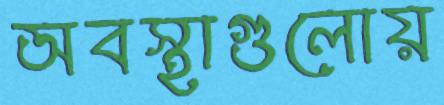
অবস্থাগুলোয়